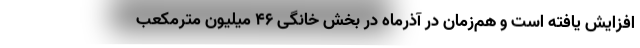
افزایش یافته است و هم‌زمان در آذرماه در بخش خانگی ۴۶ میلیون مترمکعب